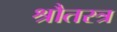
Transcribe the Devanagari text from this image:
श्रौतस्त्र